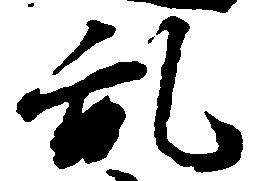
乱